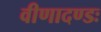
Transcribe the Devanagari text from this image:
वीणादण्डः